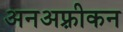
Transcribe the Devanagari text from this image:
अनअफ़्रीकन